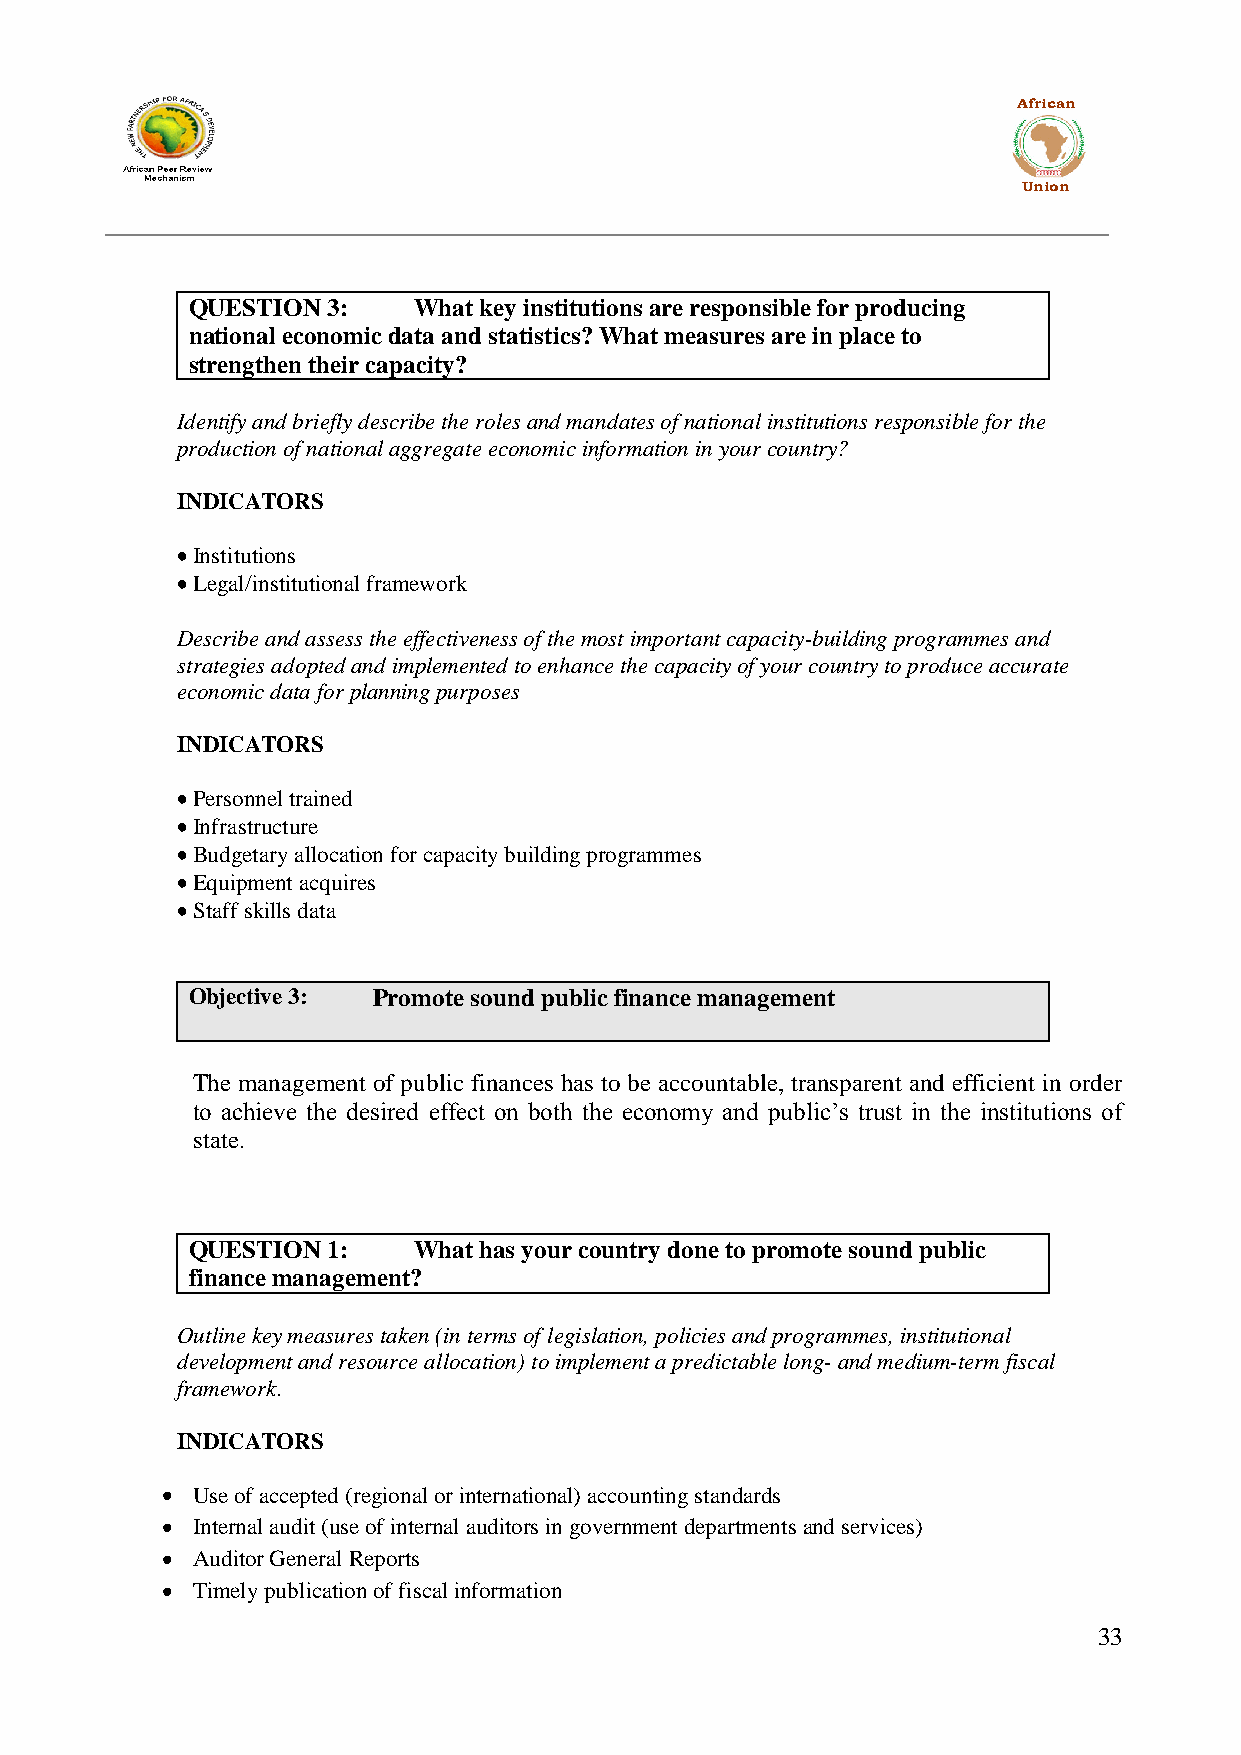
African
 Union
 QUESTION  3:   What key institutions are responsible for producing
 national economic data and statistics? What measures are in place to
 strengthen their capacity?
 Identify and briefly describe the roles and mandates of national institutions responsible for the
 production of national aggregate economic information in your country?
 INDICATORS
 Institutions
 Legal/institutional framework
 Describe and assess the effectiveness of the most important capacity-building programmes and
 strategies adopted and implemented to enhance the capacity of your country to produce accurate
 economic data for planning purposes
 INDICATORS
 Personnel trained
 Infrastructure
 Budgetary allocation for capacity building programmes
 Equipment acquires
 Staff skills data
 Objective 3: Promote sound public finance management
 The management of public finances has to be accountable, transparent and efficient in order
 to achieve the desired effect on both the economy and public‟s trust in the institutions of
 state.
 QUESTION  1:   What has your country done to promote sound public
 finance management?
 Outline key measures taken (in terms of legislation, policies and programmes, institutional
 development and resource allocation) to implement a predictable long- and medium-term fiscal
 framework.
 INDICATORS
 Use of accepted (regional or international) accounting standards
 Internal audit (use of internal auditors in government departments and services)
 Auditor General Reports
 Timely publication of fiscal information
 33